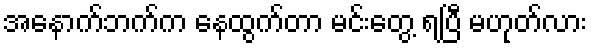
အနောက်ဘက်က နေထွက်တာ မင်းတွေ့ ရပြီ မဟုတ်လား